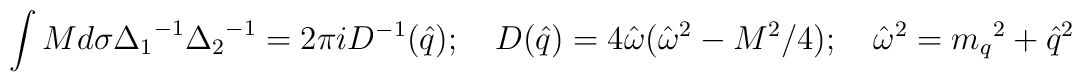
\int Md{\sigma}{\Delta_1}^{-1} {\Delta_2}^{-1} = 2{\pi}i D^{-1}({\hat q});\quad D({\hat q}) = 4{\hat \omega}({\hat \omega}^2 - M^2/4);\quad {\hat \omega}^2 = {m_q}^2 + {\hat q}^2